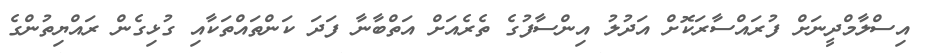
އިސްލާމްދީނަށް ފުރައްސާރަކޮށް އަދުލު އިންސާފުގެ ތެރެއަށް އަތްބާނާ ފަދަ ކަންތައްތަކާއި ގުޅިގެން ރައްޔިތުންގެ